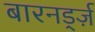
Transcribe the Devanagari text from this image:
बारनर्ड्ज़